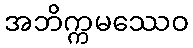
အဘိက္ကမဿေဝ